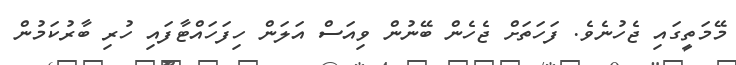
މޭމަތީގައި ޖެހުނެވެ. ފަހަތަށް ޖެހެން ބޭނުން ވިއަސް އަލަން ހިފަހައްޓާފައި ހުރި ބާރުކަމުން